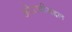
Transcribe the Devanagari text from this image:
अरेरावीबद्दल